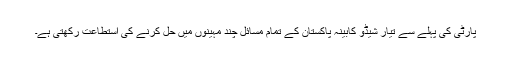
پارٹی کی پہلے سے تیار شیڈو کابینہ پاکستان کے تمام مسائل چند مہینوں میں حل کرنے کی استطاعت رکھتی ہے۔